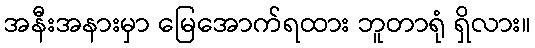
အနီးအနားမှာ မြေအောက်ရထား ဘူတာရုံ ရှိလား။